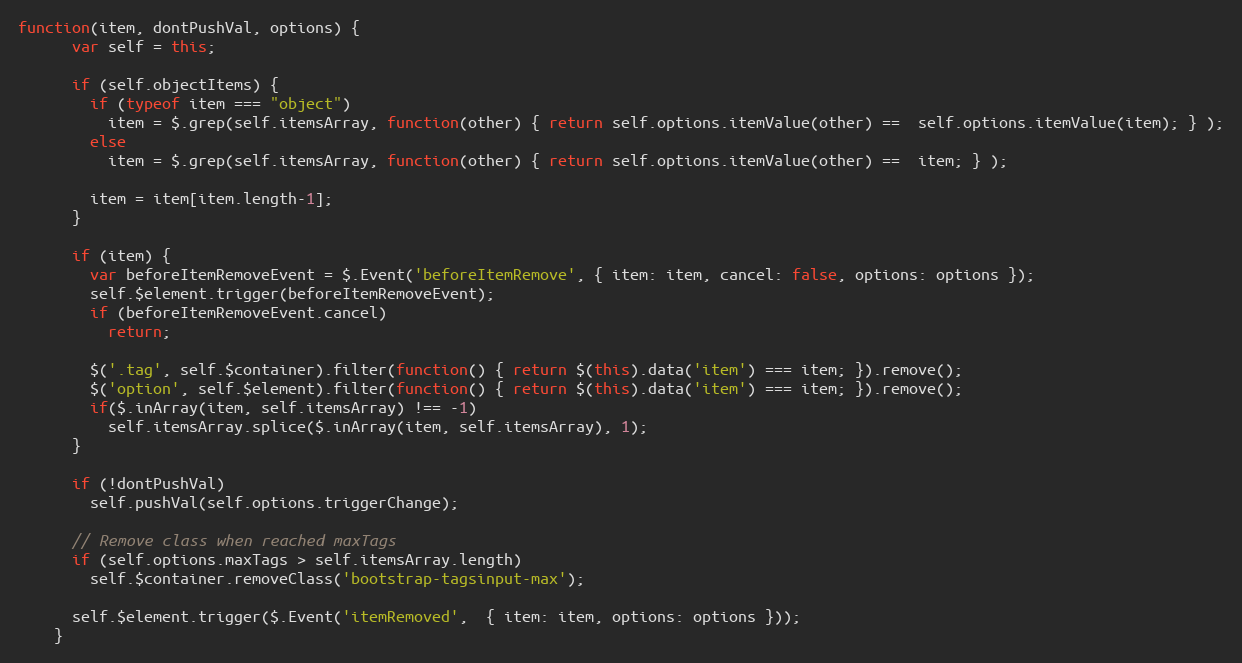
Language: JavaScript
function(item, dontPushVal, options) {
      var self = this;

      if (self.objectItems) {
        if (typeof item === "object")
          item = $.grep(self.itemsArray, function(other) { return self.options.itemValue(other) ==  self.options.itemValue(item); } );
        else
          item = $.grep(self.itemsArray, function(other) { return self.options.itemValue(other) ==  item; } );

        item = item[item.length-1];
      }

      if (item) {
        var beforeItemRemoveEvent = $.Event('beforeItemRemove', { item: item, cancel: false, options: options });
        self.$element.trigger(beforeItemRemoveEvent);
        if (beforeItemRemoveEvent.cancel)
          return;

        $('.tag', self.$container).filter(function() { return $(this).data('item') === item; }).remove();
        $('option', self.$element).filter(function() { return $(this).data('item') === item; }).remove();
        if($.inArray(item, self.itemsArray) !== -1)
          self.itemsArray.splice($.inArray(item, self.itemsArray), 1);
      }

      if (!dontPushVal)
        self.pushVal(self.options.triggerChange);

      // Remove class when reached maxTags
      if (self.options.maxTags > self.itemsArray.length)
        self.$container.removeClass('bootstrap-tagsinput-max');

      self.$element.trigger($.Event('itemRemoved',  { item: item, options: options }));
    }